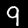
Label: 9